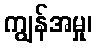
ကျွန်အမှု၊